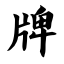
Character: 牌